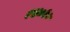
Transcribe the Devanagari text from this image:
१४०१०